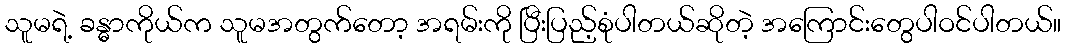
သူမရဲ့ ခန္ဓာကိုယ်က သူမအတွက်တော့ အရမ်းကို ပြီးပြည့်စုံပါတယ်ဆိုတဲ့ အကြောင်းတွေပါဝင်ပါတယ်။